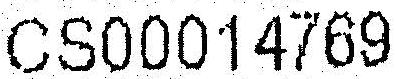
CS00014769